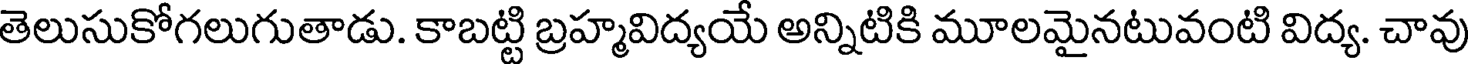
తెలుసుకోగలుగుతాడు. కాబట్టి బ్రహ్మవిద్యయే అన్నిటికి మూలమైనటువంటి విద్య. చావు